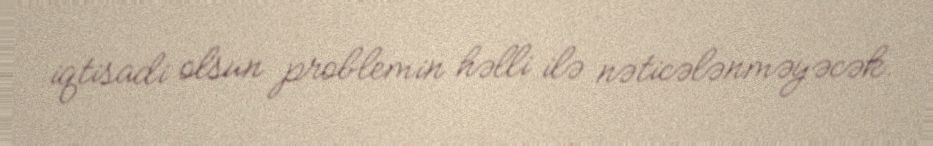
iqtisadi olsun problemin həlli ilə nəticələnməyəcək.